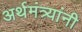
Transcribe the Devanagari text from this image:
अर्थमंत्र्यांनी